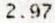
2.97